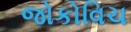
જોકોવિચ